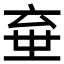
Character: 𱎘